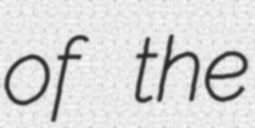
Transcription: of the